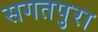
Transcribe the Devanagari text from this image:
सगतपुरा